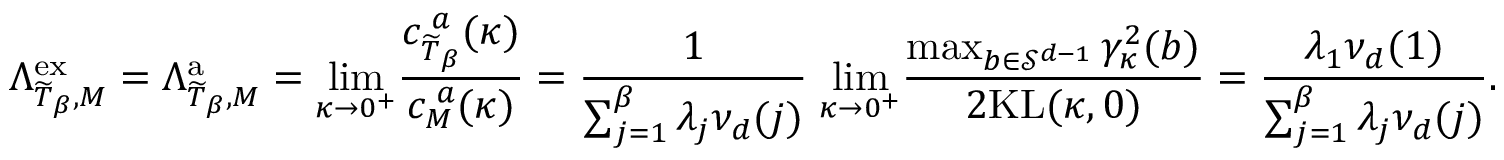
\Lambda _ { \widetilde { T } _ { \beta } , M } ^ { \mathrm { e x } } = \Lambda _ { \widetilde { T } _ { \beta } , M } ^ { \mathrm { a } } = \underset { \kappa \to 0 ^ { + } } { \operatorname* { l i m } } \frac { c _ { \widetilde { T } _ { \beta } } ^ { \; a } ( \kappa ) } { c _ { M } ^ { \; a } ( \kappa ) } = \frac { 1 } { \sum _ { j = 1 } ^ { \beta } \lambda _ { j } \nu _ { d } ( j ) } \; \underset { \kappa \to 0 ^ { + } } { \operatorname* { l i m } } \frac { \operatorname* { m a x } _ { b \in \mathcal { S } ^ { d - 1 } } \gamma _ { \kappa } ^ { 2 } ( b ) } { 2 \mathrm { K L } ( \kappa , 0 ) } = \frac { \lambda _ { 1 } \nu _ { d } ( 1 ) } { \sum _ { j = 1 } ^ { \beta } \lambda _ { j } \nu _ { d } ( j ) } .